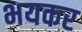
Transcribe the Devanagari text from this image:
भयकर